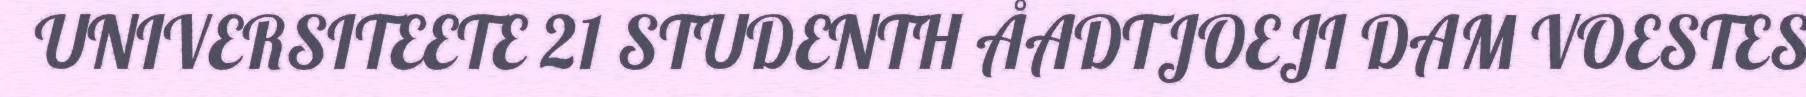
UNIVERSITEETE 21 STUDENTH ÅADTJOEJI DAM VOESTES